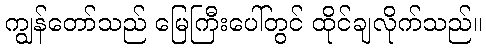
ကျွန်တော်သည် မြေကြီးပေါ်တွင် ထိုင်ချလိုက်သည်။